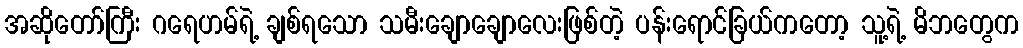
အဆိုတော်ကြီး ဂရေဟမ်ရဲ့ ချစ်ရသော သမီးချောချောလေးဖြစ်တဲ့ ပန်းရောင်ခြယ်ကတော့ သူ့ရဲ့ မိဘတွေက